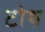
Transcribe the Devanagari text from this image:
टोथ